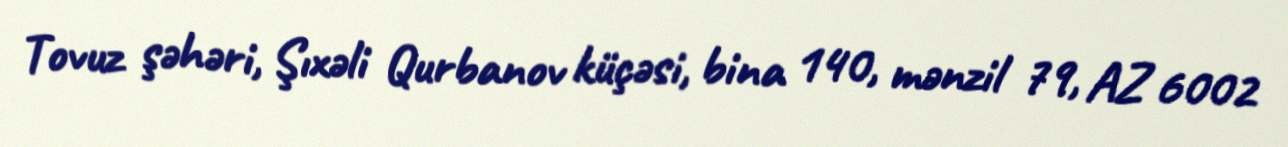
Tovuz şəhəri, Şıxəli Qurbanov küçəsi, bina 140, mənzil 79, AZ 6002